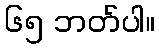
၆၅ ဘတ်ပါ။